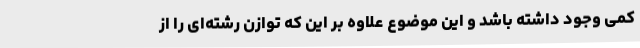
کمی وجود داشته باشد و این موضوع علاوه بر این که توازن رشته‌ای را از